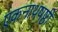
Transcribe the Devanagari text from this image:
एकनाथषष्ठी